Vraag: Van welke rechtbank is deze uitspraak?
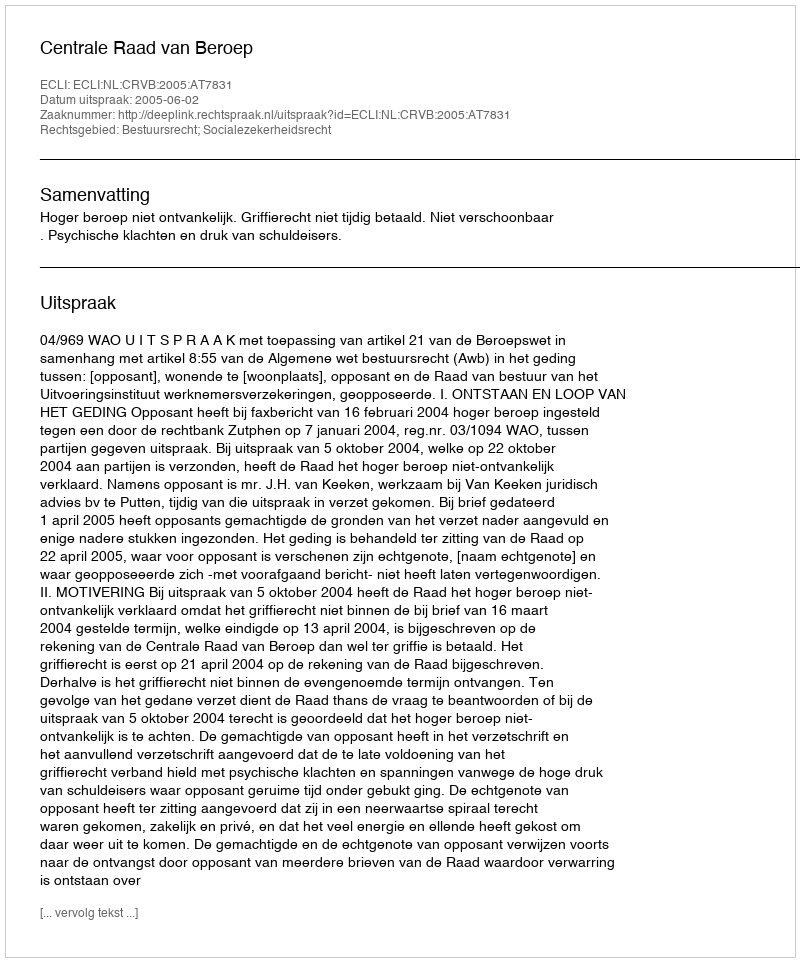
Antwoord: Centrale Raad van Beroep